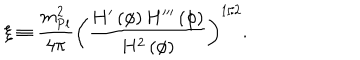
\xi \equiv { \frac { m _ { \mathrm { P l } } ^ { 2 } } { 4 \pi } } \left( { \frac { H ^ { \prime } \left( \phi \right) H ^ { \prime \prime \prime } \left( \phi \right) } { H ^ { 2 } \left( \phi \right) } } \right) ^ { 1 / 2 } .